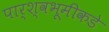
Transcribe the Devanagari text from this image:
पार्श्वभूमीकडे